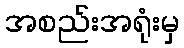
အစည်းအရုံးမှ